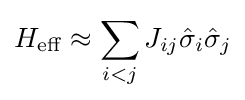
H_{\rm {eff}}\approx \sum _{i<j}J_{ij}{\hat {\sigma }}_{i}{\hat {\sigma }}_{j}